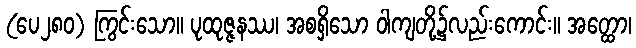
(ပေ၂၈၀) ကြွင်းသော။ ပုထုဇ္ဇနဿ၊ အစရှိသော ဝါကျတို့၌လည်းကောင်း။ အတ္ထော၊